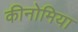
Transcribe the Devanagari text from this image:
कीनोमिया